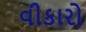
વીકારો